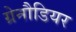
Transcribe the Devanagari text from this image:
ग्रेनौडियर